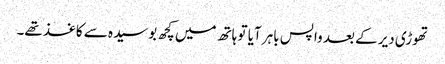
تھوڑی دیر کے بعد واپس باہر آیا تو ہاتھ میں کچھ بوسیدہ سے کاغذ تھے۔